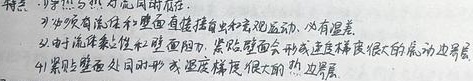
特点：
- 浮升力与粘切力同时存在。
- 必须有流体和壁面直接接触和宏观运动，必有温差。
- 由于流体导热和粘性阻力，紧贴壁面会形成速度梯度很大的流动边界层。
- 紧贴壁面处同时形成温度梯度很大的热边界层。